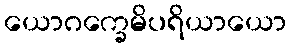
ယောဂက္ခေမိပရိယာယော